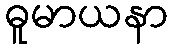
ဓူမာယနာ